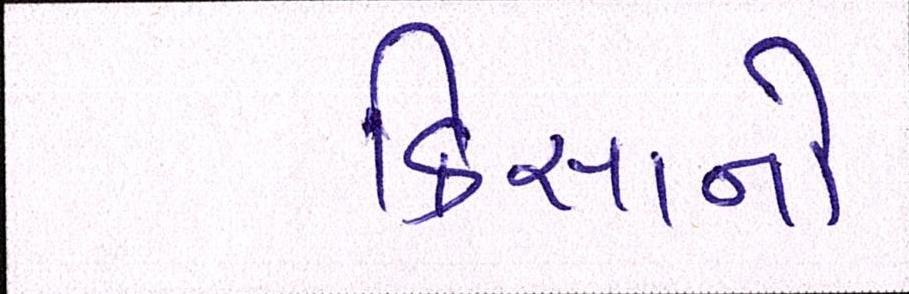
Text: કિસાનો